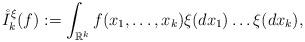
LaTeX: \begin{align*}\mathring{I}_k^{\xi}(f):=\int_{\mathbb{R}^k} f(x_1,\ldots,x_k) \xi(dx_1) \ldots\xi (dx_k),\end{align*}